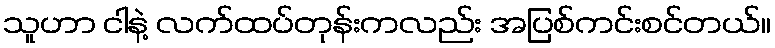
သူဟာ ငါနဲ့ လက်ထပ်တုန်းကလည်း အပြစ်ကင်းစင်တယ်။